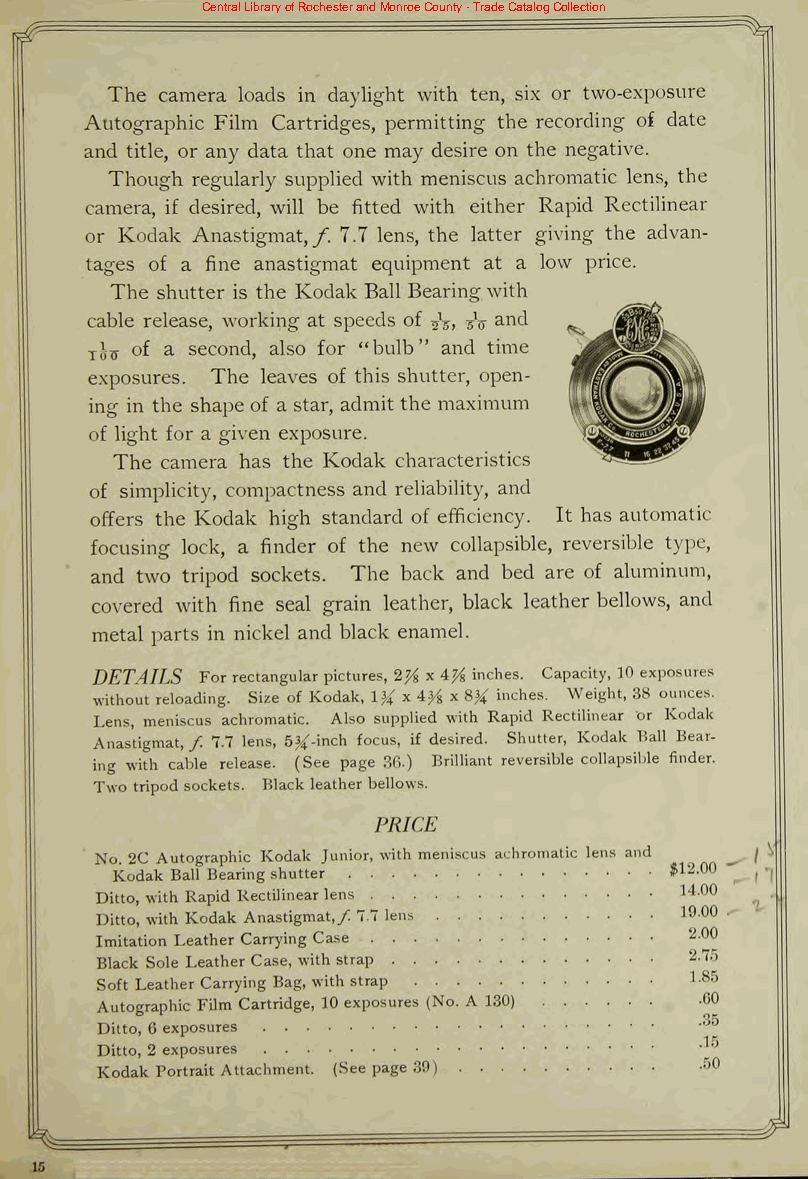
Central Library of Rochester and Monroe County - Trade Catalog Collection
 The camera loads in daylight with ten, six or two-exposure
 Autographic Film Cartridges, permitting the recording of date
 and title, or any data that one may desire on the negative.
 Though regularly supplied with meniscus achromatic lens, the
 camera, if desired, will be fitted with either Rapid Rectilinear
 or Kodak Anastigmat,/. 7.7 lens, the latter giving the advan
 tages of a fine anastigmat equipment at a low price.
 The shutter is the Kodak Ball Bearing with
 cable release, working at speeds of 5V> >,\f and J^HHl
 TJ(j of a second, also for "bulb" and time
 exposures. The leaves of this shutter, open
 ing in the shape of a star, admitthe maximum
 of light for a given exposure.  ISs
 The camera has the Kodak characteristics
 of simplicity, compactness and reliability, and
 offers the Kodak high standard of efficiency. It has automatic
 focusing lock, a finder of the new collapsible, reversible type,
 and two tripod sockets. The back and bed are of aluminum,
 covered with fine seal grain leather, black leather bellows, and
 metal parts in nickel and black enamel.
 DETAILS Forrectangularpictures, 2J4 x 47/g inches. Capacity, 10 exposures
 without reloading. Size of Kodak, 1^x4^x8^ inches. Weight, 38 ounces.
 Lens, meniscus achromatic. Also supplied with Rapid Rectilinear or Kodak
 Anastigmat,/ 7.7 lens, 5^-inch focus, if desired. Shutter, Kodak Ball Bear
 ing with cable release. (See page 30.) Brilliant reversible collapsible finder.
 Two tripod sockets. Black leatherbellows.
 PRICE
 No. 2C Autographic Kodak Junior, with meniscus achromatic lens and
 Kodak Ball Bearingshutter            $12.00
 Ditto, with Rapid Rectilinearlens      140
 Ditto, with Kodak Anastigmat,/ 77 lens 1900
 Imitation Leather Carrying Case         2-00
 Black Sole Leather Case, with strap     2-^5
 Soft Leather Carrying Bag, with strap   I-85
 Autographic Film Cartridge, 10 exposures (No. A 130) 60
 35
 Ditto, 6 exposures
 Ditto, 2 exposures
 Kodak Portrait Attachment. (See page 39) 50
 ^
 15